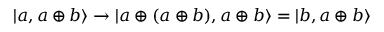
\vert a , a \oplus b \rangle \to \vert a \oplus ( a \oplus b ) , a \oplus b \rangle = | b , a \oplus b \rangle